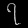
Digit: ၇